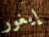
إيغور